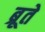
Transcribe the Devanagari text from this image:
ब्रूते